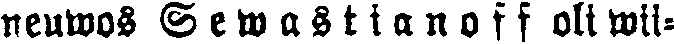
neuwos Sewastianoff oli wii-